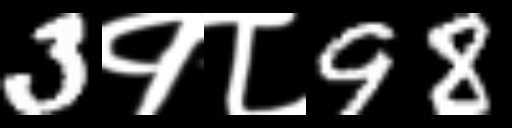
Text: 3१८98